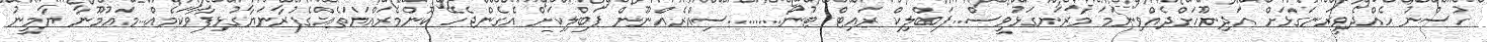
ހުސްނު ހެއްދެވީރަނގަޅަށް އަދިނޫހަށްދެއްވިނަމަ މާރަނގަޅުވީސް...ޕަބްލިކް ރައިޓް ޓުނޯ.........ސިއްރެއްނޫން ޕަބްލިކަށް އެގެންޖެހޭ ކޮންމެރައްޔަތެއްގެފުރާނަޔާގުޅިފާވާކަމެއް...މައުމޫނާ ޔާމީނު